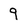
Character: 9